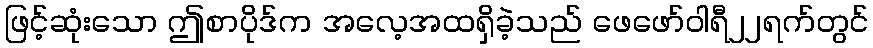
ဖြင့်ဆုံးသော ဤစာပိုဒ်က အလေ့အထရှိခဲ့သည် ဖေဖော်ဝါရီ၂၂ရက်တွင်